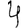
Digit: 4